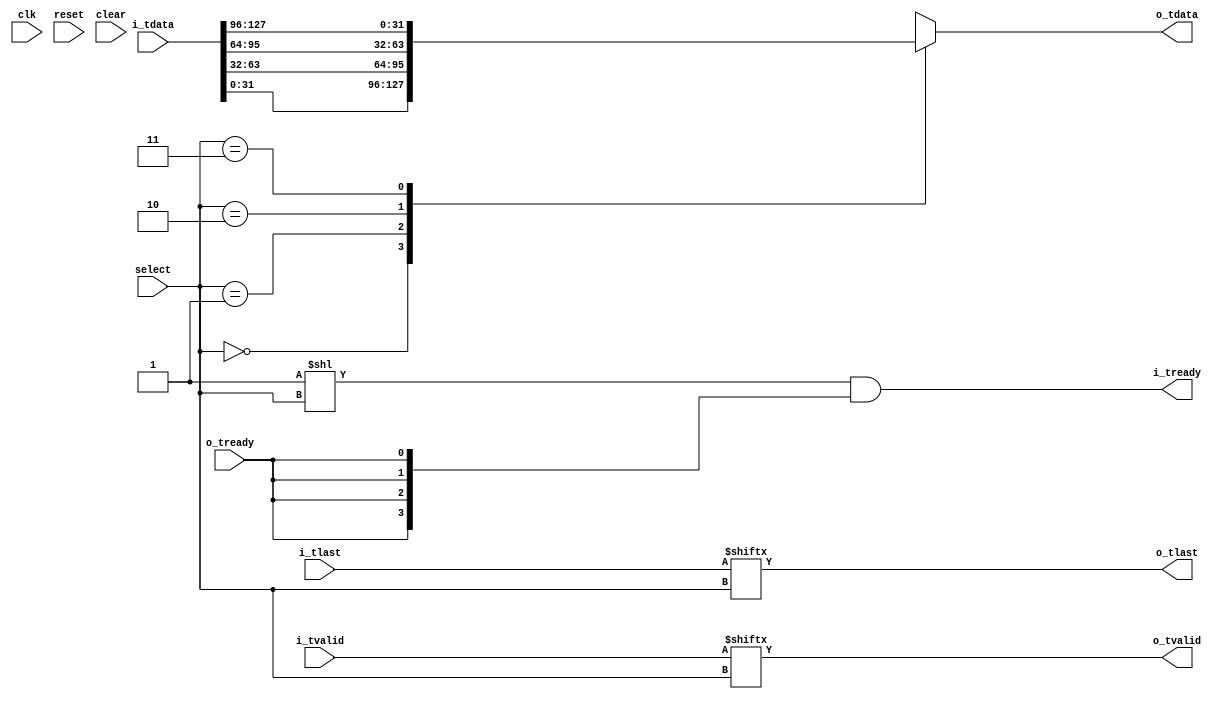
//
// Copyright 2016 Ettus Research
// Copyright 2018 Ettus Research, a National Instruments Company
//
// SPDX-License-Identifier: LGPL-3.0-or-later
//
// AXI-Stream multipler with select line
//

module axi_mux_select #(
  parameter WIDTH = 32,
  parameter PRE_FIFO_SIZE = 0,
  parameter POST_FIFO_SIZE = 0,
  parameter SWITCH_ON_LAST = 0, // Wait until tlast is asserted before updating
  parameter SIZE = 4)
(
  input clk, input reset, input clear,
  input [$clog2(SIZE)-1:0] select,
  input [SIZE*WIDTH-1:0] i_tdata, input [SIZE-1:0] i_tlast, input [SIZE-1:0] i_tvalid, output [SIZE-1:0] i_tready,
  output [WIDTH-1:0] o_tdata, output o_tlast, output o_tvalid, input o_tready
);

  wire [WIDTH*SIZE-1:0] i_tdata_int;
  wire [WIDTH-1:0] i_tdata_arr[0:SIZE-1];
  wire [SIZE-1:0] i_tlast_int, i_tvalid_int, i_tready_int;

  wire [WIDTH-1:0] o_tdata_int;
  wire o_tlast_int, o_tvalid_int, o_tready_int;

  genvar n;
  generate
    if (PRE_FIFO_SIZE == 0) begin
      assign i_tdata_int  = i_tdata;
      assign i_tlast_int  = i_tlast;
      assign i_tvalid_int = i_tvalid;
      assign i_tready     = i_tready_int;
    end else begin
      for (n = 0; n < SIZE; n = n + 1) begin
        axi_fifo #(.WIDTH(WIDTH+1), .SIZE(PRE_FIFO_SIZE)) axi_fifo (
          .clk(clk), .reset(reset), .clear(clear),
          .i_tdata({i_tlast[n],i_tdata[WIDTH*(n+1)-1:WIDTH*n]}), .i_tvalid(i_tvalid[n]), .i_tready(i_tready[n]),
          .o_tdata({i_tlast_int[n],i_tdata_int[WIDTH*(n+1)-1:WIDTH*n]}), .o_tvalid(i_tvalid_int[n]), .o_tready(i_tready_int[n]),
          .space(), .occupied());
      end
    end
  endgenerate

  // Make arrays for easier muxing
  genvar i;
  generate
    for (i = 0; i < SIZE; i = i + 1) begin
      assign i_tdata_arr[i] = i_tdata_int[WIDTH*(i+1)-1:WIDTH*i];
    end
  endgenerate

  // Switch select line either immediately or after the last word in a packet
  reg [$clog2(SIZE)-1:0] select_hold;
  generate
    if (SWITCH_ON_LAST) begin
      reg init;
      always @(posedge clk) begin
        if (reset | clear) begin
          init        <= 1'b0;
          select_hold <= 'd0;
        end else begin
          if (|i_tvalid) begin
            init        <= 1'b1;
          end
          // Set select any time after reset and before the first packet OR
          // at the end of a packet
          if (~init | (o_tlast_int & o_tvalid_int & o_tready_int)) begin
            select_hold <= select;
          end
        end
      end
    end else begin
      always @(*) begin
        select_hold <= select;
      end
    end
  endgenerate

  // Mux
  assign o_tdata_int  = i_tdata_arr[select_hold];
  assign o_tlast_int  = i_tlast_int[select_hold];
  assign o_tvalid_int = i_tvalid_int[select_hold];
  assign i_tready_int = (1'b1 << select_hold) & {SIZE{o_tready_int}};

  generate
    if(POST_FIFO_SIZE == 0) begin
      assign o_tdata = o_tdata_int;
      assign o_tlast = o_tlast_int;
      assign o_tvalid = o_tvalid_int;
      assign o_tready_int = o_tready;
    end else begin
      axi_fifo #(.WIDTH(WIDTH+1),.SIZE(POST_FIFO_SIZE)) axi_fifo (
        .clk(clk), .reset(reset), .clear(clear),
        .i_tdata({o_tlast_int,o_tdata_int}), .i_tvalid(o_tvalid_int), .i_tready(o_tready_int),
        .o_tdata({o_tlast,o_tdata}), .o_tvalid(o_tvalid), .o_tready(o_tready),
        .space(), .occupied());
    end
  endgenerate

endmodule